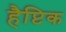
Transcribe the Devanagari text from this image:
हैप्टिक